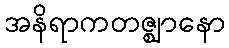
အနိရာကတဇ္ဈာနော